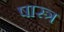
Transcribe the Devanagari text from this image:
षास्त्र